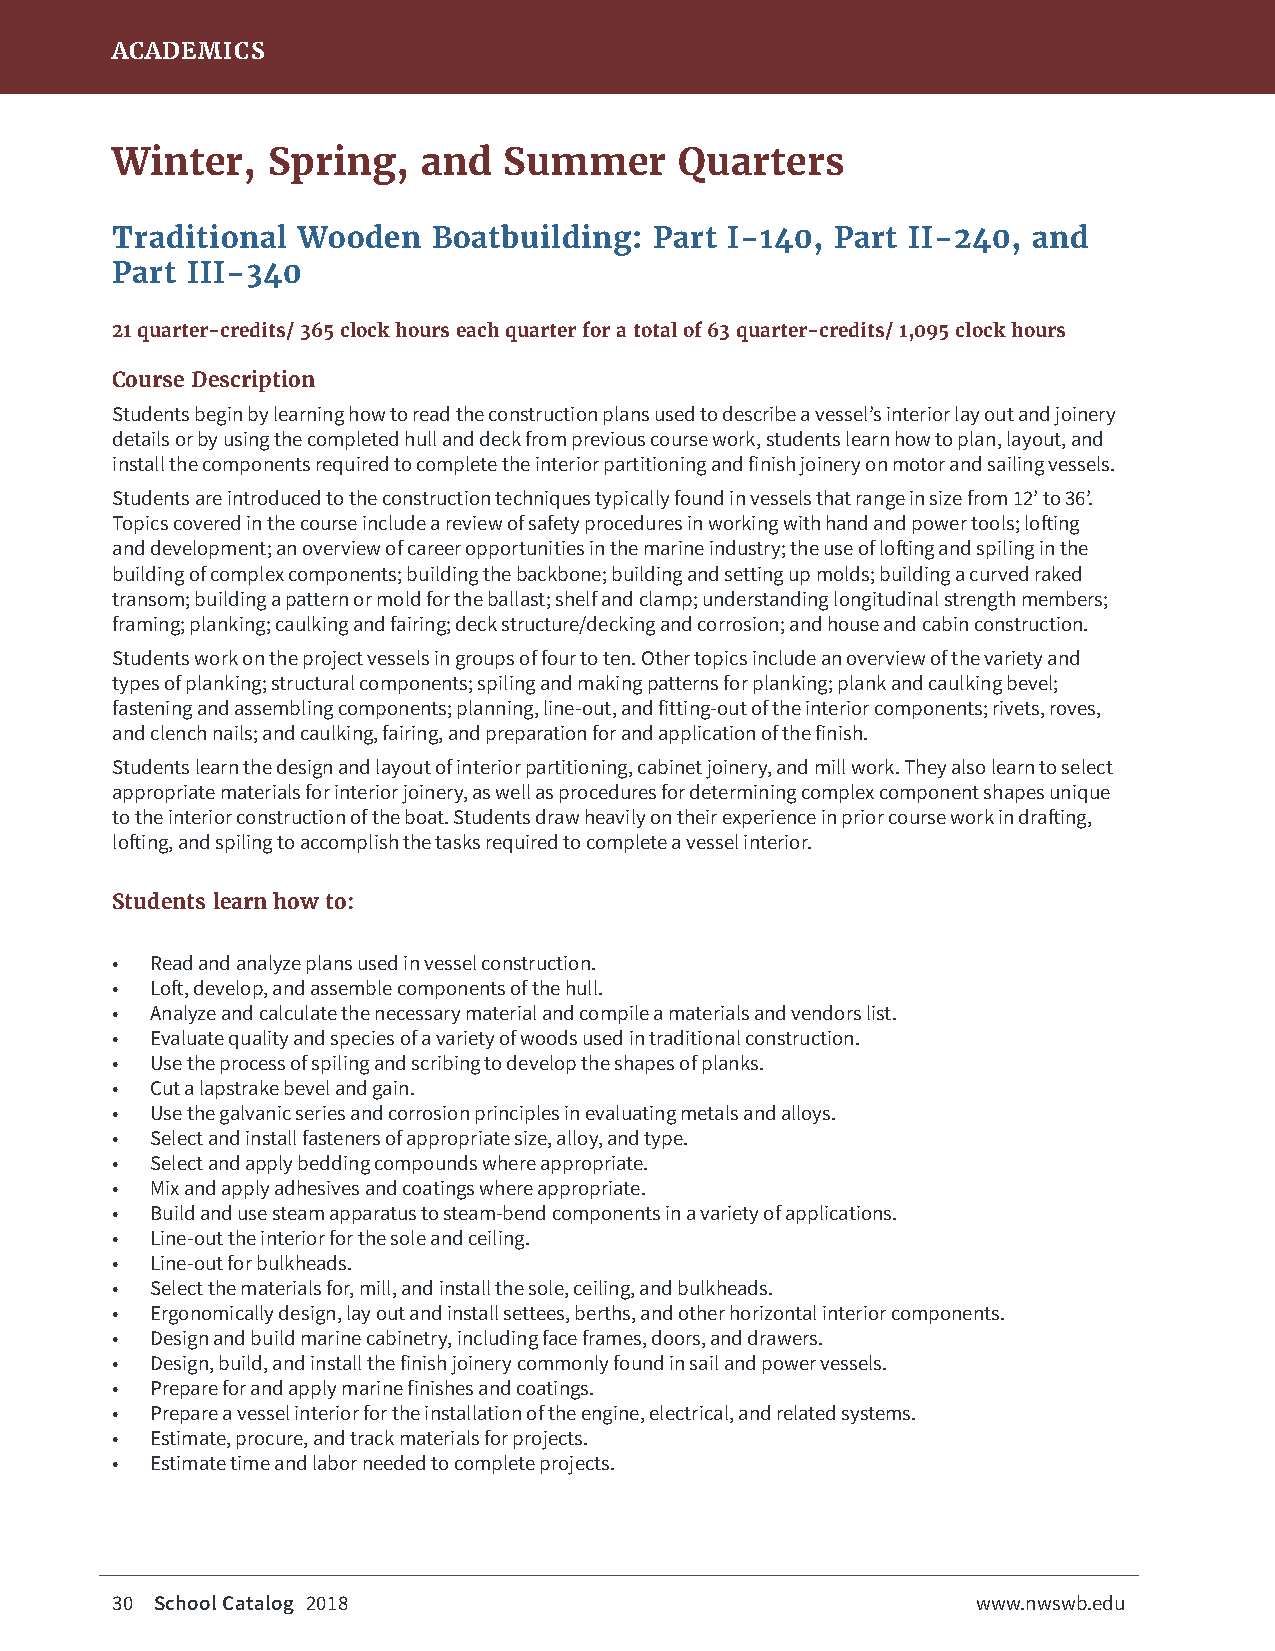
ACADEMICS
 Winter,    Spring,   and  Summer      Quarters
 Traditional  Wooden   Boatbuilding: Part I-140, Part II-240, and
 Part III-340
 21 quarter-credits/ 365 clock hours each quarter for a total of 63 quarter-credits/ 1,095 clock hours
 Course Description
 Students begin by learning how to read the construction plans used to describe a vessel’s interior lay out and joinery
 details or by using the completed hull and deck from previous course work, students learn how to plan, layout, and
 install the components required to complete the interior partitioning and finish joinery on motor and sailing vessels.
 Students are introduced to the construction techniques typically found in vessels that range in size from 12’ to 36’.
 Topics covered in the course include a review of safety procedures in working with hand and power tools; lofting
 and development; an overview of career opportunities in the marine industry; the use of lofting and spiling in the
 building of complex components; building the backbone; building and setting up molds; building a curved raked
 transom; building a pattern or mold for the ballast; shelf and clamp; understanding longitudinal strength members;
 framing; planking; caulking and fairing; deck structure/decking and corrosion; and house and cabin construction.
 Students work on the project vessels in groups of four to ten. Other topics include an overview of the variety and
 types of planking; structural components; spiling and making patterns for planking; plank and caulking bevel;
 fastening and assembling components; planning, line-out, and fitting-out of the interior components; rivets, roves,
 and clench nails; and caulking, fairing, and preparation for and application of the finish.
 Students learn the design and layout of interior partitioning, cabinet joinery, and mill work. They also learn to select
 appropriate materials for interior joinery, as well as procedures for determining complex component shapes unique
 to the interior construction of the boat. Students draw heavily on their experience in prior course work in drafting,
 lofting, and spiling to accomplish the tasks required to complete a vessel interior.
 Students learn how to:
 •  Read and analyze plans used in vessel construction.
 •  Loft, develop, and assemble components of the hull.
 •  Analyze and calculate the necessary material and compile a materials and vendors list.
 •  Evaluate quality and species of a variety of woods used in traditional construction.
 •  Use the process of spiling and scribing to develop the shapes of planks.
 •  Cut a lapstrake bevel and gain.
 •  Use the galvanic series and corrosion principles in evaluating metals and alloys.
 •  Select and install fasteners of appropriate size, alloy, and type.
 •  Select and apply bedding compounds where appropriate.
 •  Mix and apply adhesives and coatings where appropriate.
 •  Build and use steam apparatus to steam-bend components in a variety of applications.
 •  Line-out the interior for the sole and ceiling.
 •  Line-out for bulkheads.
 •  Select the materials for, mill, and install the sole, ceiling, and bulkheads.
 •  Ergonomically design, lay out and install settees, berths, and other horizontal interior components.
 •  Design and build marine cabinetry, including face frames, doors, and drawers.
 •  Design, build, and install the finish joinery commonly found in sail and power vessels.
 •  Prepare for and apply marine finishes and coatings.
 •  Prepare a vessel interior for the installation of the engine, electrical, and related systems.
 •  Estimate, procure, and track materials for projects.
 •  Estimate time and labor needed to complete projects.
 30 School Catalog 2018                                    www.nwswb.edu